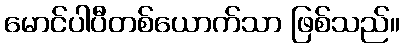
မောင်ပါပီတစ်ယောက်သာ ဖြစ်သည်။